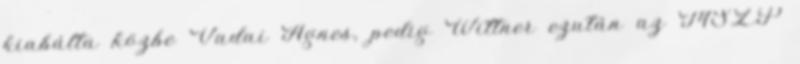
kiabálta közbe Vadai Ágnes, pedig Wittner ezután az MSZP